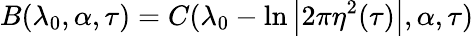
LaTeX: B(\lambda_{0},\alpha,\tau)=C(\lambda_{0}-\ln\left|2\pi\eta^{2}(\tau)\right|,\alpha,\tau)